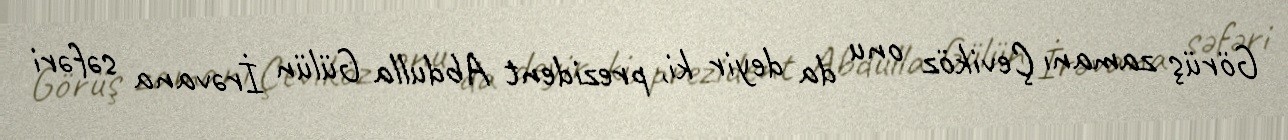
Görüş zamanı Çeviköz onu da deyir ki, prezident Abdulla Gülün İrəvana səfəri